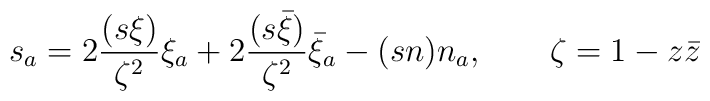
s_{a}=2\frac{(s\xi)}{\zeta^{2}}\xi_{a}+2\frac{(s\bar{\xi})}{\zeta^{2}}\bar{\xi}_{a}-(sn)n_{a},\qquad \zeta=1-z\bar{z}